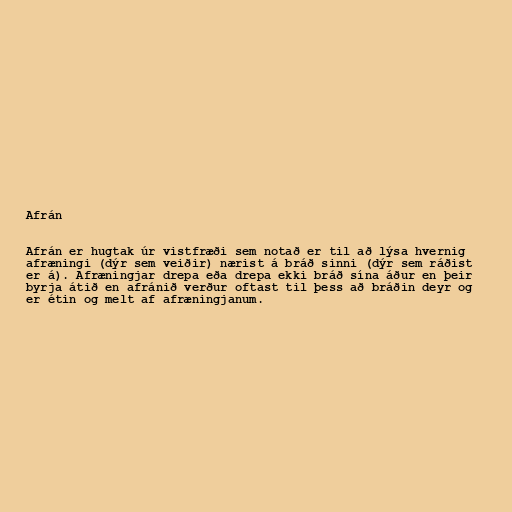
Afrán

Afrán er hugtak úr vistfræði sem notað er til að lýsa hvernig
afræningi (dýr sem veiðir) nærist á bráð sinni (dýr sem ráðist
er á). Afræningjar drepa eða drepa ekki bráð sína áður en þeir
byrja átið en afránið verður oftast til þess að bráðin deyr og
er étin og melt af afræningjanum.